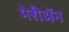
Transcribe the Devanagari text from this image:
मेरीॲन